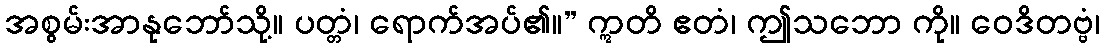
အစွမ်းအာနုဘော်သို့။ ပတ္တံ၊ ရောက်အပ်၏။” ဣတိ ဧတံ၊ ဤသဘော ကို။ ဝေဒိတဗ္ဗံ၊